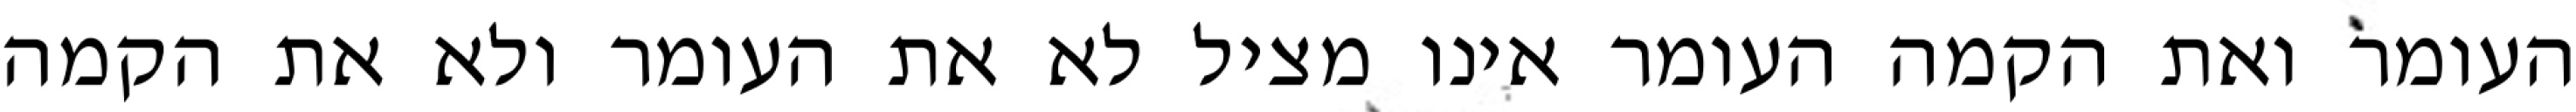
העומר ואת הקמה העומר אינו מציל לא את העומר ולא את הקמה